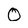
Character: 0